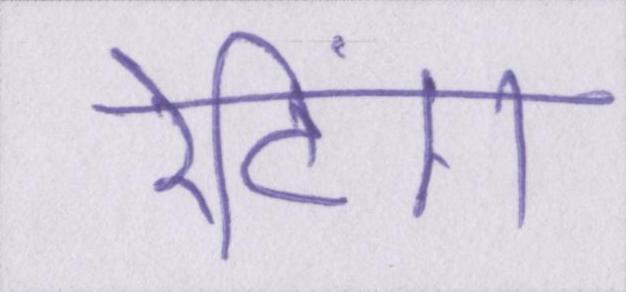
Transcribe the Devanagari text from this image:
रेटिंग